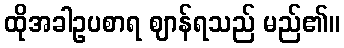
ထိုအခါဥပစာရ ဈာန်ရသည် မည်၏။